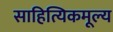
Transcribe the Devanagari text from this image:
साहित्यिकमूल्य